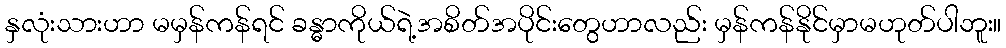
နှလုံးသားဟာ မမှန်ကန်ရင် ခန္ဓာကိုယ်ရဲ့အစိတ်အပိုင်းတွေဟာလည်း မှန်ကန်နိုင်မှာမဟုတ်ပါဘူး။